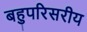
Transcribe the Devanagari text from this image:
बहुपरिसरीय